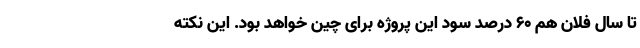
تا سال فلان هم 60 درصد سود این پروژه برای چین خواهد بود. این نکته